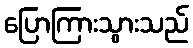
ပြောကြားသွားသည်